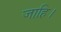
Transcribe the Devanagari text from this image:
जाहि।